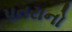
પતરાનો